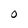
Character: O